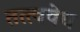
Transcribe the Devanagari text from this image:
तत्त्ववेध